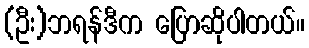
(ဦး)ဘရန်ဒီက ပြောဆိုပါတယ်။